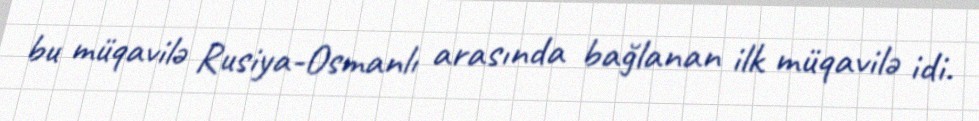
bu müqavilə Rusiya-Osmanlı arasında bağlanan ilk müqavilə idi.